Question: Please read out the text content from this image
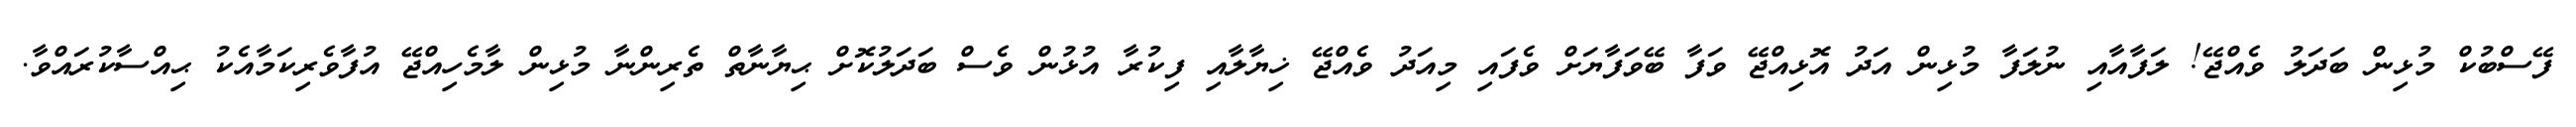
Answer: ފޭސްބުކް މުޅިން ބަދަލު ވެއްޖޭ! ލަފާއާއި ނުލަފާ މުޅިން އަދު އޮޅިއްޖޭ ވަފާ ބޭވަފާޔަށް ވެފައި މިއަދު ވެއްޖޭ ޚިޔާލާއި ފިކުރާ އުޅުން ވެސް ބަދަލުކޮށް ޙިޔާނާތް ތެރިންނާ މުޅިން ލާމެހިއްޖޭ އުފާވެރިކަމާއެކު ޙިއްސާކުރައްވާ.